Leaving Certificate Examination, 1918
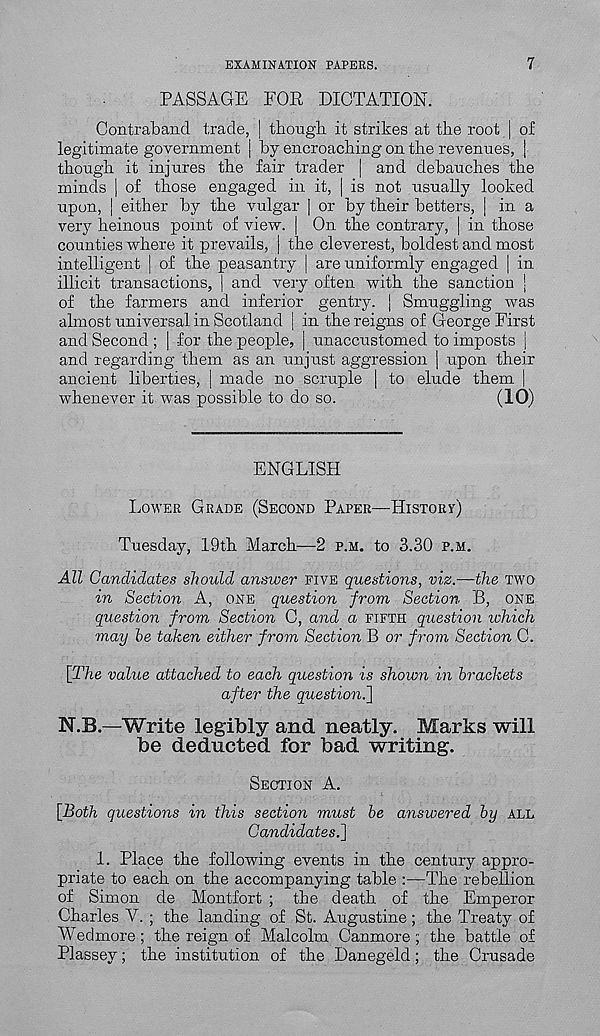
EXAMINATION PAPERS.
7
PASSAGE FOR DICTATION.
Contraband trade, | thong]i it strikes at the root j of
legitimate government [ by encroaching on the revenues, |
though it injures the fair trader | and debauches the
minds | of those engaged in it, | is not usually looked
upon, [ either by the vulgar ] or by their betters, [ in a
very heinous point of view. | On the contrary, | in those
counties where it prevails, | the cleverest, boldest and most
intelligent | of the peasantry | are uniformly engaged | in
illicit transactions, | and very often with the sanction |
of the farmers and inferior gentry, j Smuggling was
almost universal in Scotland [ in the reigns of George First
and Second ; | for the people, | unaccustomed to imposts |
and regarding them as an unjust aggression | upon their
ancient liberties, | made no scruple | to elude them |
whenever it was possible to do so.
(10)
ENGLISH
LOWER GRADE (SECOND PAPER—HISTORY)
Tuesday, 19th March—2 P.M. to 3.30 P.M.
All Candidates should answer FIVE questions, viz.—-the TWO
in Section A, ONE question from Section B, ONE
question from Section 0, and a FIFTH question ichich
may he taken either from Section B or from Section 0.
[The value attached to each question is shown in brackets
after the question.]
N.B.—Write legibly and neatly. Marks will
be deducted for bad writing.
SECTION A.
[Both questions in this section must be answered by ALL
Candidates.]
1. Place the following events in the century appro-
priate to each on the accompanying table :—The rebellion
of Simon cle Montfort ; the death of the Emperor
Charles V. ; the landing of St. Augustine; the Treaty of
Wedmore; the reign of Malcolm Canmore ; the battle of
Plassey; the institution of the Danegeld; the Crusade